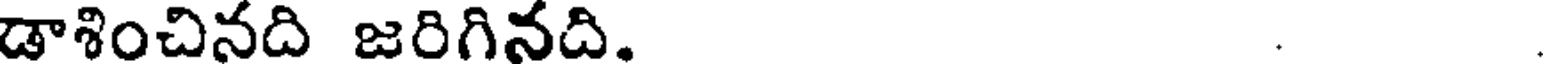
డాశించినది జరిగినది. .